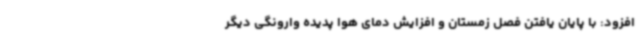
افزود: با پایان یافتن فصل زمستان و افزایش دمای هوا پدیده وارونگی دیگر